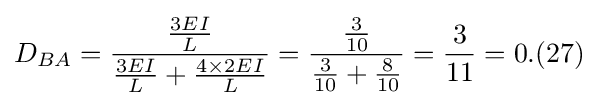
D_{BA}={\frac {\frac {3EI}{L}}{{\frac {3EI}{L}}+{\frac {4\times 2EI}{L}}}}={\frac {\frac {3}{10}}{{\frac {3}{10}}+{\frac {8}{10}}}}={\frac {3}{11}}=0.(27)